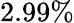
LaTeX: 2.99\%